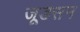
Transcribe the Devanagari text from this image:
जूडसन